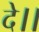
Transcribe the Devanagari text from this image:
दे।।